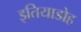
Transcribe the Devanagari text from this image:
इतियाडोह